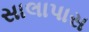
સાલાપાસ